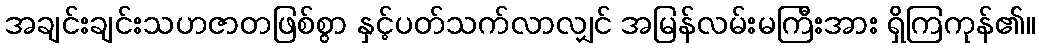
အချင်းချင်းသဟဇာတဖြစ်စွာ နှင့်ပတ်သက်လာလျှင် အမြန်လမ်းမကြီးအား ရှိကြကုန်၏။